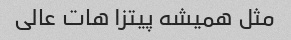
مثل همیشه پیتزا هات عالی